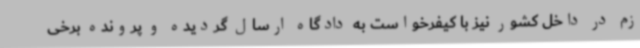
زم در داخل کشور نیز با کیفرخواست به دادگاه ارسال گردیده و پرونده برخی